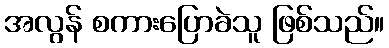
အလွန် စကားပြောခဲသူ ဖြစ်သည်။